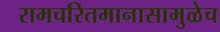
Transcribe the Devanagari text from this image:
रामचरितमानासामुळेच